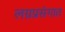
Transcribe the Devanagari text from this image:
लग्नप्रसंगात